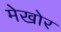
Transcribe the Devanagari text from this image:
मेखोर